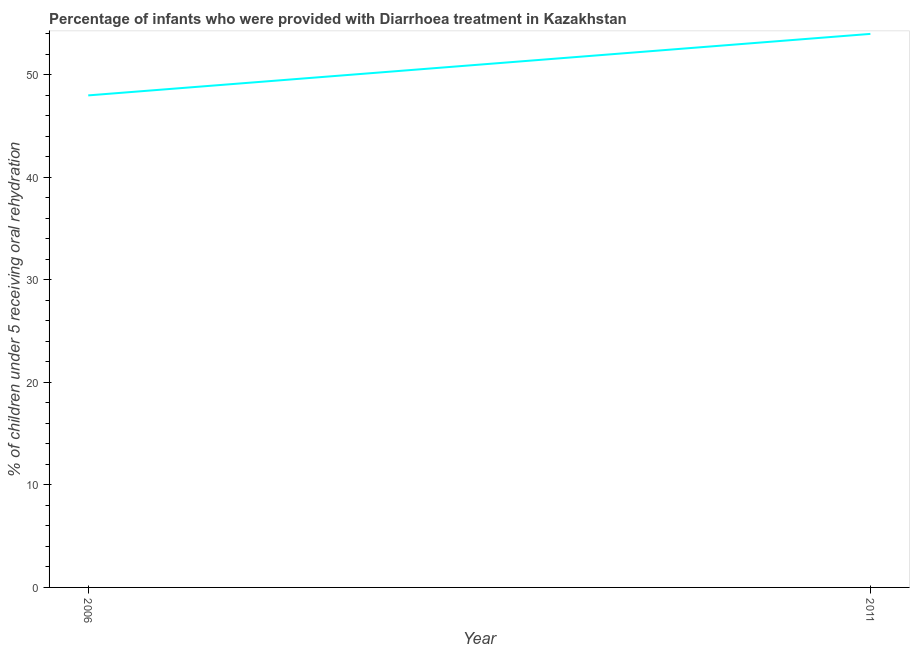
| Year | Diarrhea treatment |
 | --- | --- |
 | 2006 | 48 |
 | 2011 | 54 |